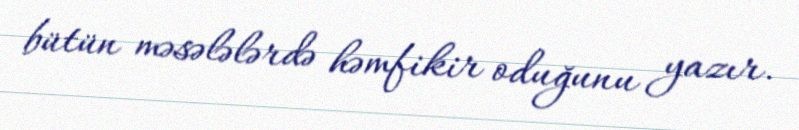
bütün məsələlərdə həmfikir oduğunu yazır.